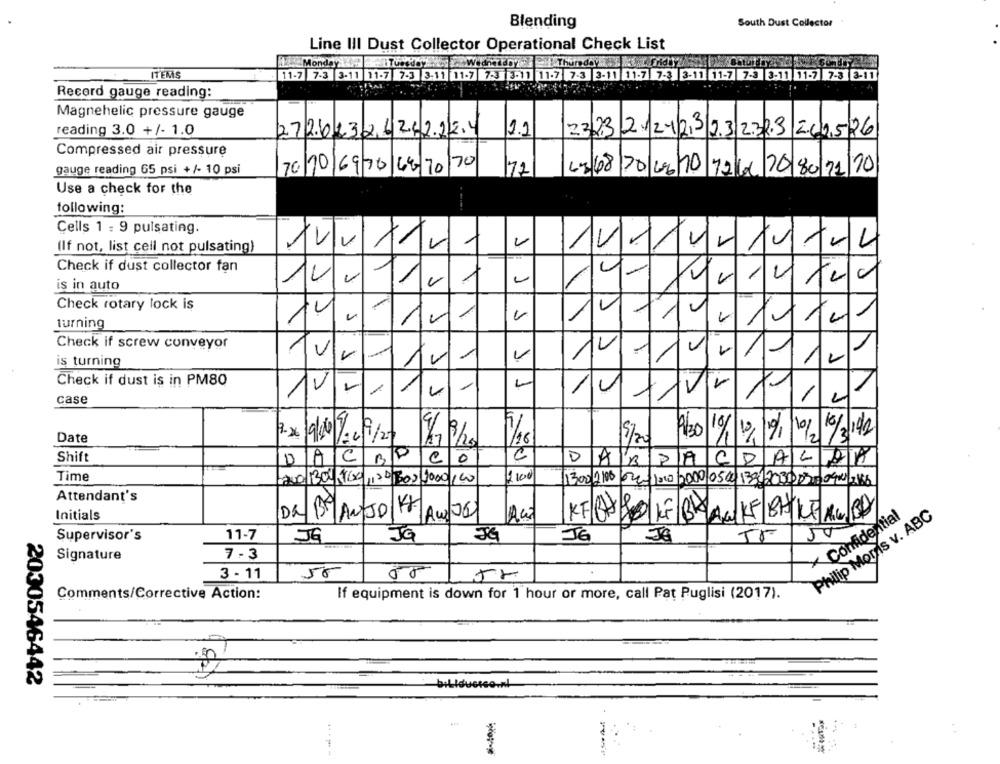
Blending
South Dust Collector
Line III Dust Collector Operational Check List
Monday 19 TuesdayWednetaby . .. Thursday ... Mont. Fridby
ITEMS
11-7 7-3 3-11 11-7 7-3 3-11 11-7 7-3 3-11 11-7 7-3 3-11 11-7 7-3 3-11 11-7 7-3 3-11 11-7 7-3 3-11
Record gauge reading:
Magnehelic pressure gauge
reading 3.0 +/- 1.0
2.2
27262326262224
2323/2/21/23/2.3 2.32.3 262,526
Compressed air pressure
70/10/69 70 64/70/70
gauge reading 65 psi +/- 10 psi
177
14 68 70 69/10 72 41 20 80 21 10
Use a check for the
following:
Cells 1 : 9 pulsating.
(If not, list cell not pulsating)
XVV//r-
Iv/vr/VALL
Check if dust collector fan
14.
is in auto
Check rotary lock is
turning
Check if screw conveyor
/////2
is turning
/1/2
Check if dust is in PM80
-
1
11
///vr
case
11/2
Date
3. × 19/20 120/9/202
/16
2
9/20
Shift
DACBP
0
DABPACDALOK
Time
200
1300/2000 622- 1000 000 0500 13812031200400 2186
Attendant's
Initials
DR 59| ANJO
Aw J6
KEGYROLF BRACKE BHIKEMG.BU
× Confidential
Philip Moris v. ABC
11-7
50
Supervisor's
JG
JG
JG
JG
Je
Signature
7 - 3
56
10
3 - 11
Comments/Corrective Action:
If equipment is down for 1 hour or more, call Pat Puglisi (2017).
2000546442
.
...